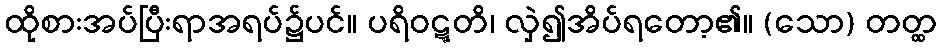
ထိုစားအပ်ပြီးရာအရပ်၌ပင်။ ပရိဝဋ္ဋတိ၊ လှဲ၍အိပ်ရတော့၏။ (သော) တတ္ထ